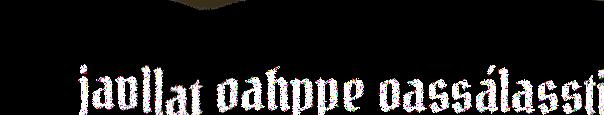
javllat oahppe oassálassti